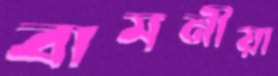
বামনীয়া